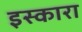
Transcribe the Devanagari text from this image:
इस्कारा